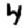
Digit: 4